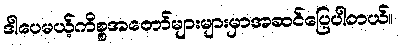
ဒါပေမယ့်ကိစ္စအတော်များများမှာအဆင်ပြေပါတယ်။